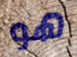
هو